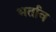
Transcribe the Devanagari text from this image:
भर्ताव